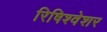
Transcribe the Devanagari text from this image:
रिषिश्वेशर